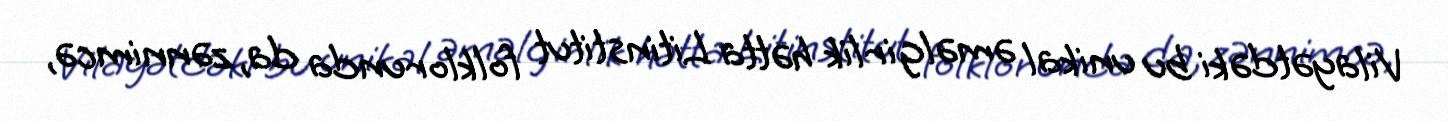
Vilayətdəki bu unikal əməlgirlik hətta Litinstitut folklorunda da, zənnimcə,